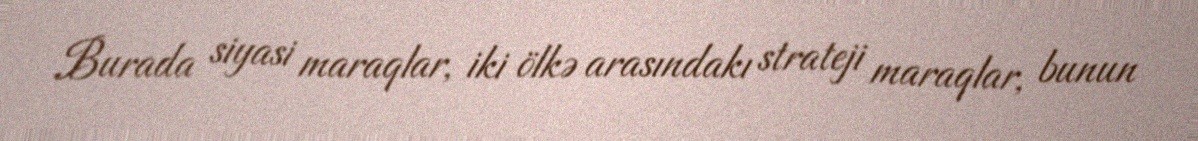
Burada siyasi maraqlar, iki ölkə arasındakı strateji maraqlar, bunun